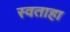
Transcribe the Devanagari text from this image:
स्वताहा